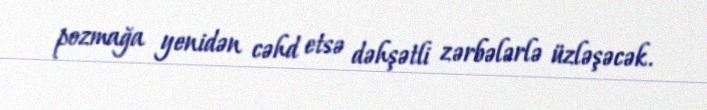
pozmağa yenidən cəhd etsə dəhşətli zərbələrlə üzləşəcək.